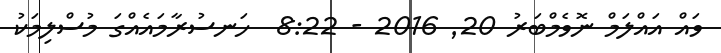
ވައް އައްލަމް ނޮވެމްބަރު 20